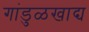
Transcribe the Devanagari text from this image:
गांडुळखाद्य